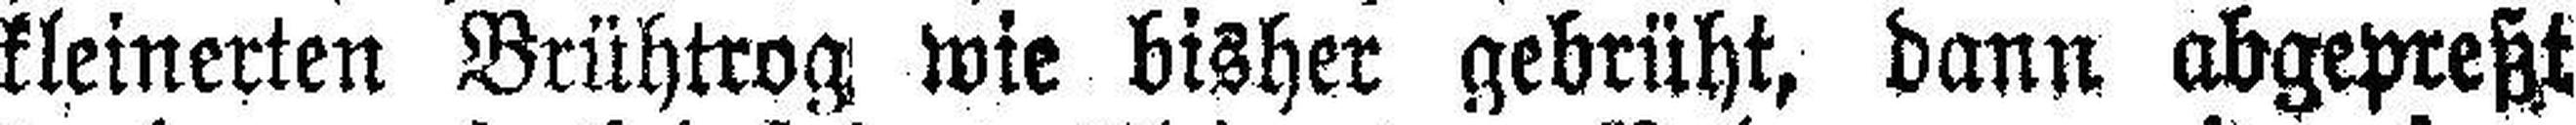
kleinerten Brühtrog wie bisher gebrüht, dann abgepreßt